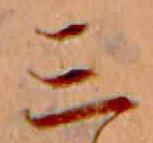
三